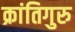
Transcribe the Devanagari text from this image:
क्रांतिगुरु